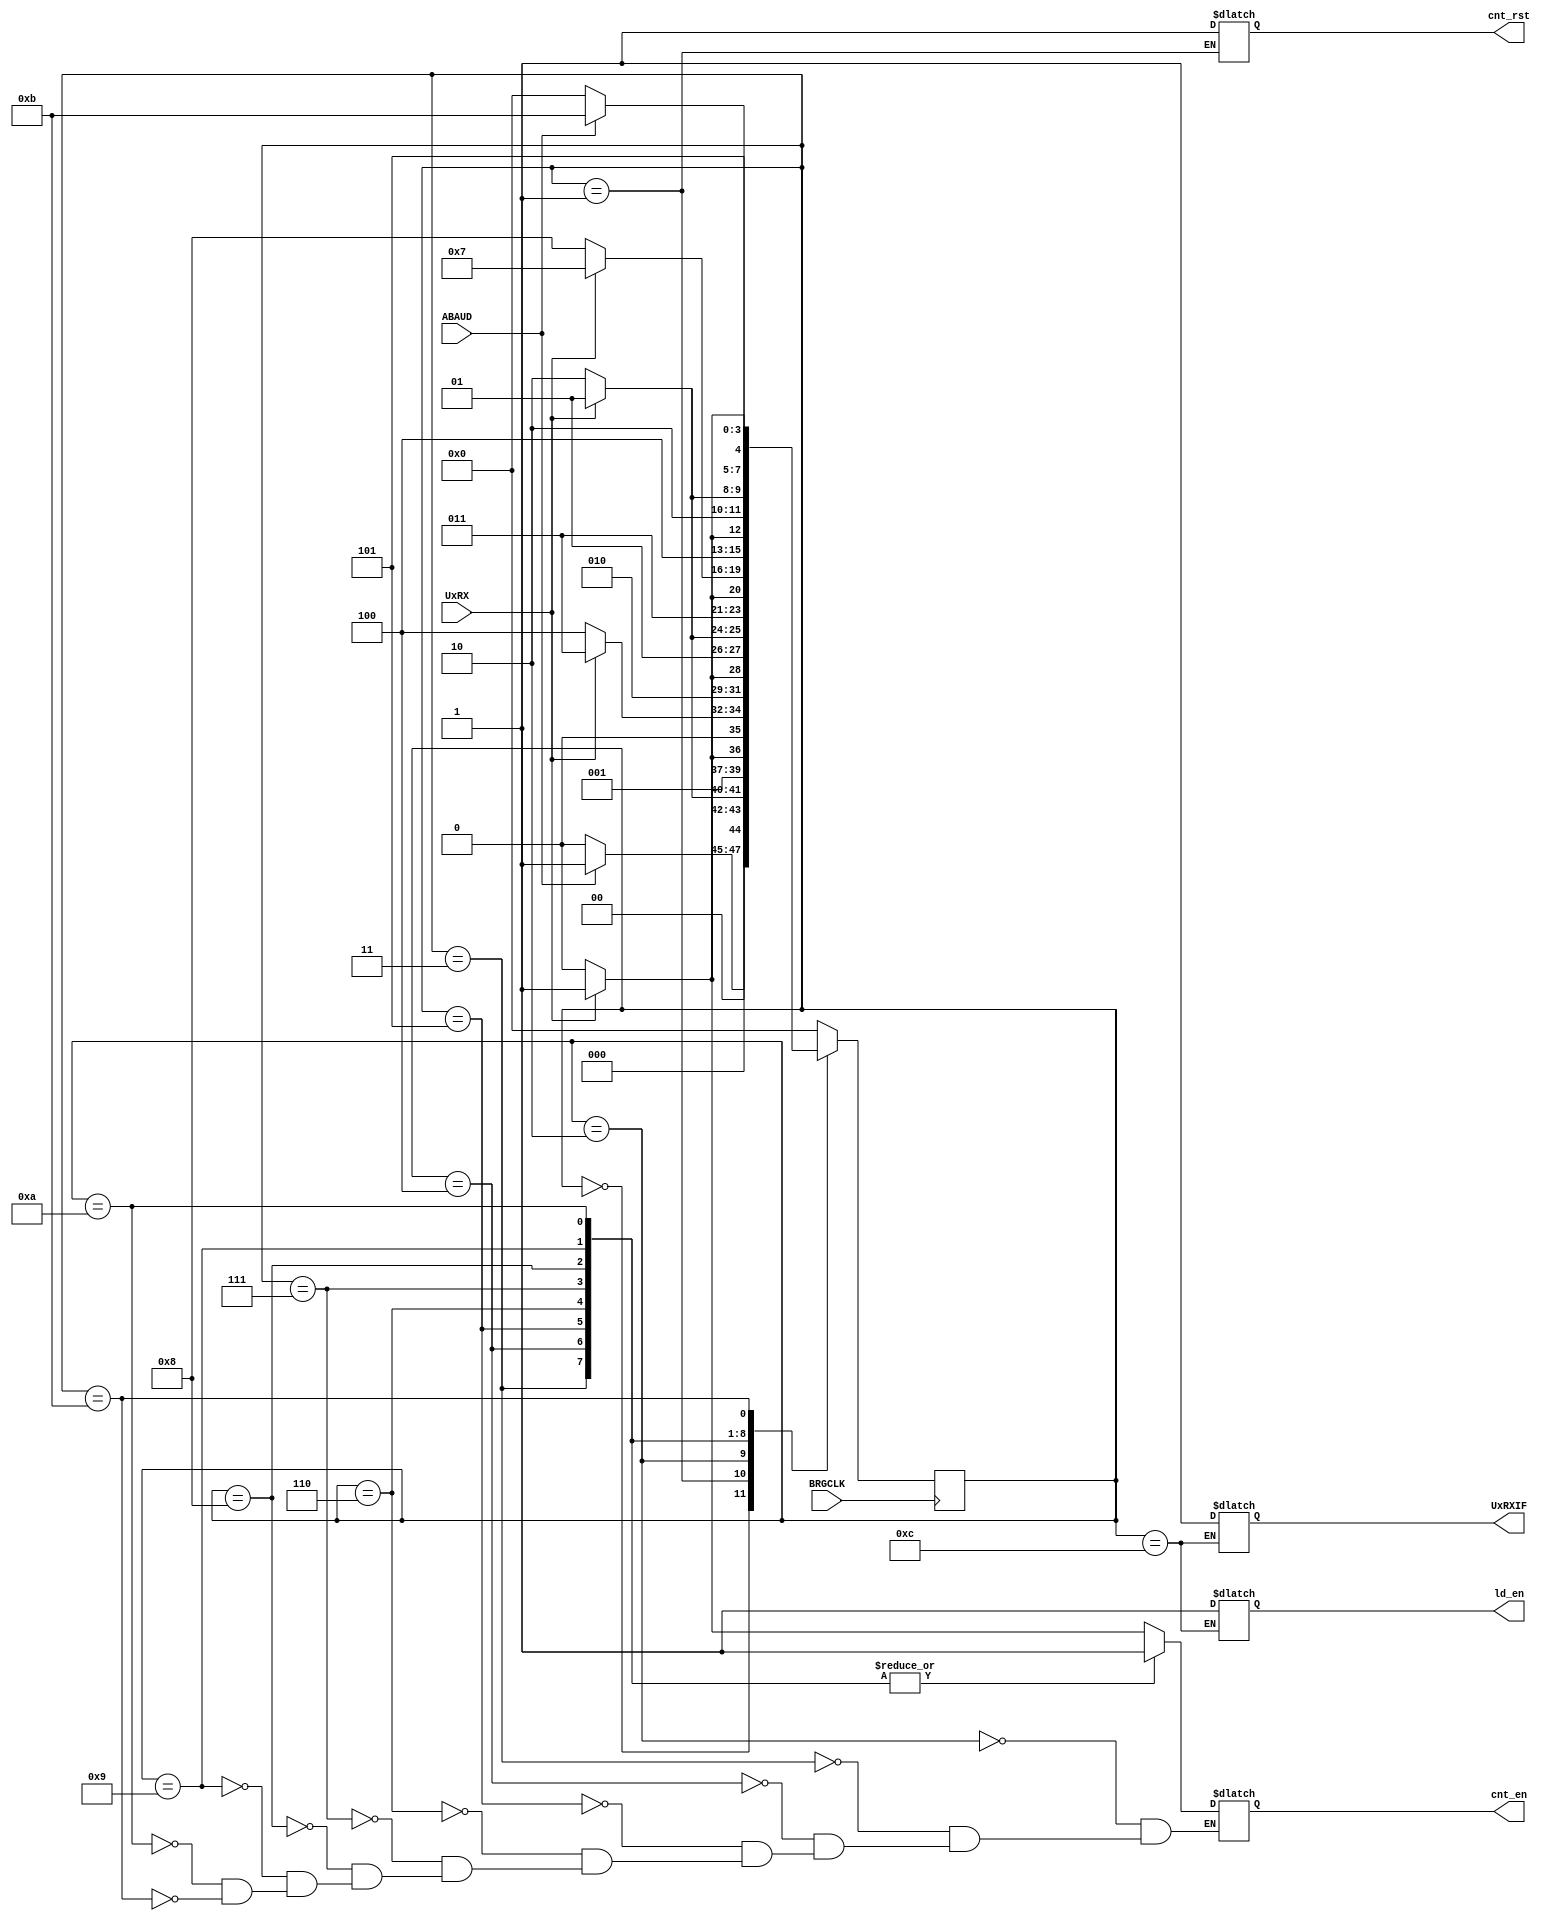
`timescale 1ps/1ps
module Controller_ABRCKT(
	input BRGCLK, UxRX, ABAUD,
	output reg cnt_en, cnt_rst, ld_en, UxRXIF);

	reg[3:0]ns,ps;
	parameter[3:0] IDLE = 0,initialization = 1, BEGINS = 2, step0= 3, step1= 4, step2= 5 , step3= 6, step4 = 7,
	step5 = 8, step6 = 9, step7 = 10, step8 = 11, end1 = 12;

	always@(ps,UxRX,ABAUD) begin
		ns = 0;
		case(ps)
			IDLE: ns = ~ABAUD ? IDLE : initialization;
	   		initialization: begin cnt_rst = 1'b1; ns = ~UxRX ? BEGINS : initialization; end
	   		BEGINS: begin cnt_en = ~UxRX ? 1'b0 : 1'b1; ns = ~UxRX ? BEGINS : step0; end
	   		step0: begin cnt_en = 1; ns = ~UxRX ? step1 : step0; end
	   		step1: begin cnt_en = 1; ns = ~UxRX ? step1 : step2; end
	   		step2: begin cnt_en = 1; ns = ~UxRX ? step3 : step2; end
	   		step3: begin cnt_en = 1; ns = ~UxRX ? step3 : step4; end
	   		step4: begin cnt_en = 1; ns = ~UxRX ? step5 : step4; end
	   		step5: begin cnt_en = 1; ns = ~UxRX ? step5 : step6; end
	   		step6: begin cnt_en = 1; ns = ~UxRX ? step7 : step6; end
	   		step7: begin cnt_en = 1;ns = ~UxRX ? step7 : step8; end
	   		step8: begin cnt_en = ~UxRX ? 1'b0 : 1'b1; ns = ~ABAUD ? IDLE : step8;end
			end1: begin ld_en = 1'b1; UxRXIF = 1'b1; ns = IDLE; end
	   		default ns = IDLE;
		endcase
	end

	always@(posedge BRGCLK)begin
		ps <= ns;
	end
endmodule